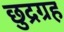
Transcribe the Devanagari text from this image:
छुद्रग्रह